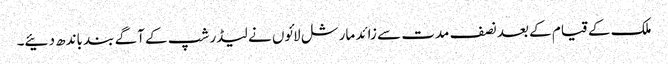
ملک کے قیام کے بعد نصف مدت سے زائد مارشل لائوں نے لیڈر شپ کے آگے بند باندھ دئیے۔